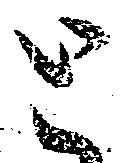
と